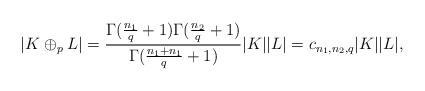
LaTeX: \begin{align*}|K\oplus_p L|= \frac{\Gamma(\frac{n_1}{q}+1)\Gamma(\frac{n_2}{q}+1)}{\Gamma(\frac{n_1+n_1}{q}+1)} |K||L|=c_{n_1, n_2, q}|K||L|,\end{align*}